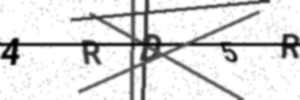
Text: 4RD5R